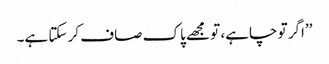
’’اگر تو چاہے، تو مجھے پاک صاف کر سکتا ہے۔